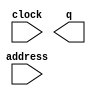
module Music (
	address,
	clock,
	q);

	input	[7:0]  address;
	input	  clock;
	output	[3:0]  q;

endmodule